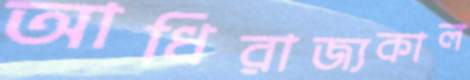
আধিরাজ্যকাল